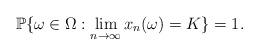
LaTeX: \begin{align*}\mathbb P\{\omega\in \Omega: \lim_{n\to \infty} x_n(\omega)=K\}=1.\end{align*}